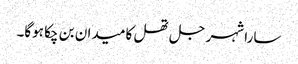
سارا شہر جل تھل کا میدان بن چکا ہوگا۔